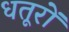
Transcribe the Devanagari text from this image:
धतूरों